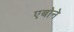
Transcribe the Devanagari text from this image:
एबोने